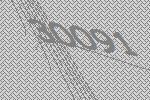
30091